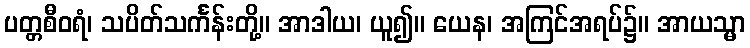
ပတ္တစီဝရံ၊ သပိတ်သင်္ကန်းတို့။ အာဒါယ၊ ယူ၍။ ယေန၊ အကြင်အရပ်၌။ အာယသ္မာ